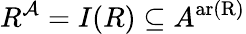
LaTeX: R^{\mathcal{A}}=I(R)\subseteq A^{\operatorname{ar(R)}}